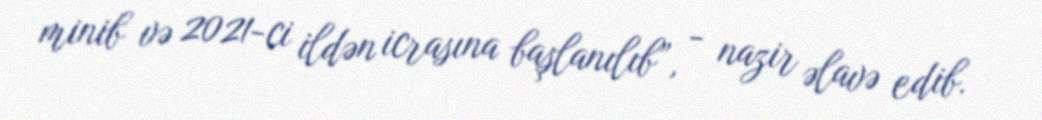
minib və 2021-ci ildən icrasına başlanılıb”, - nazir əlavə edib.